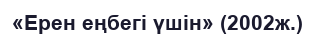
«Ерен еңбегі үшін» (2002ж.)